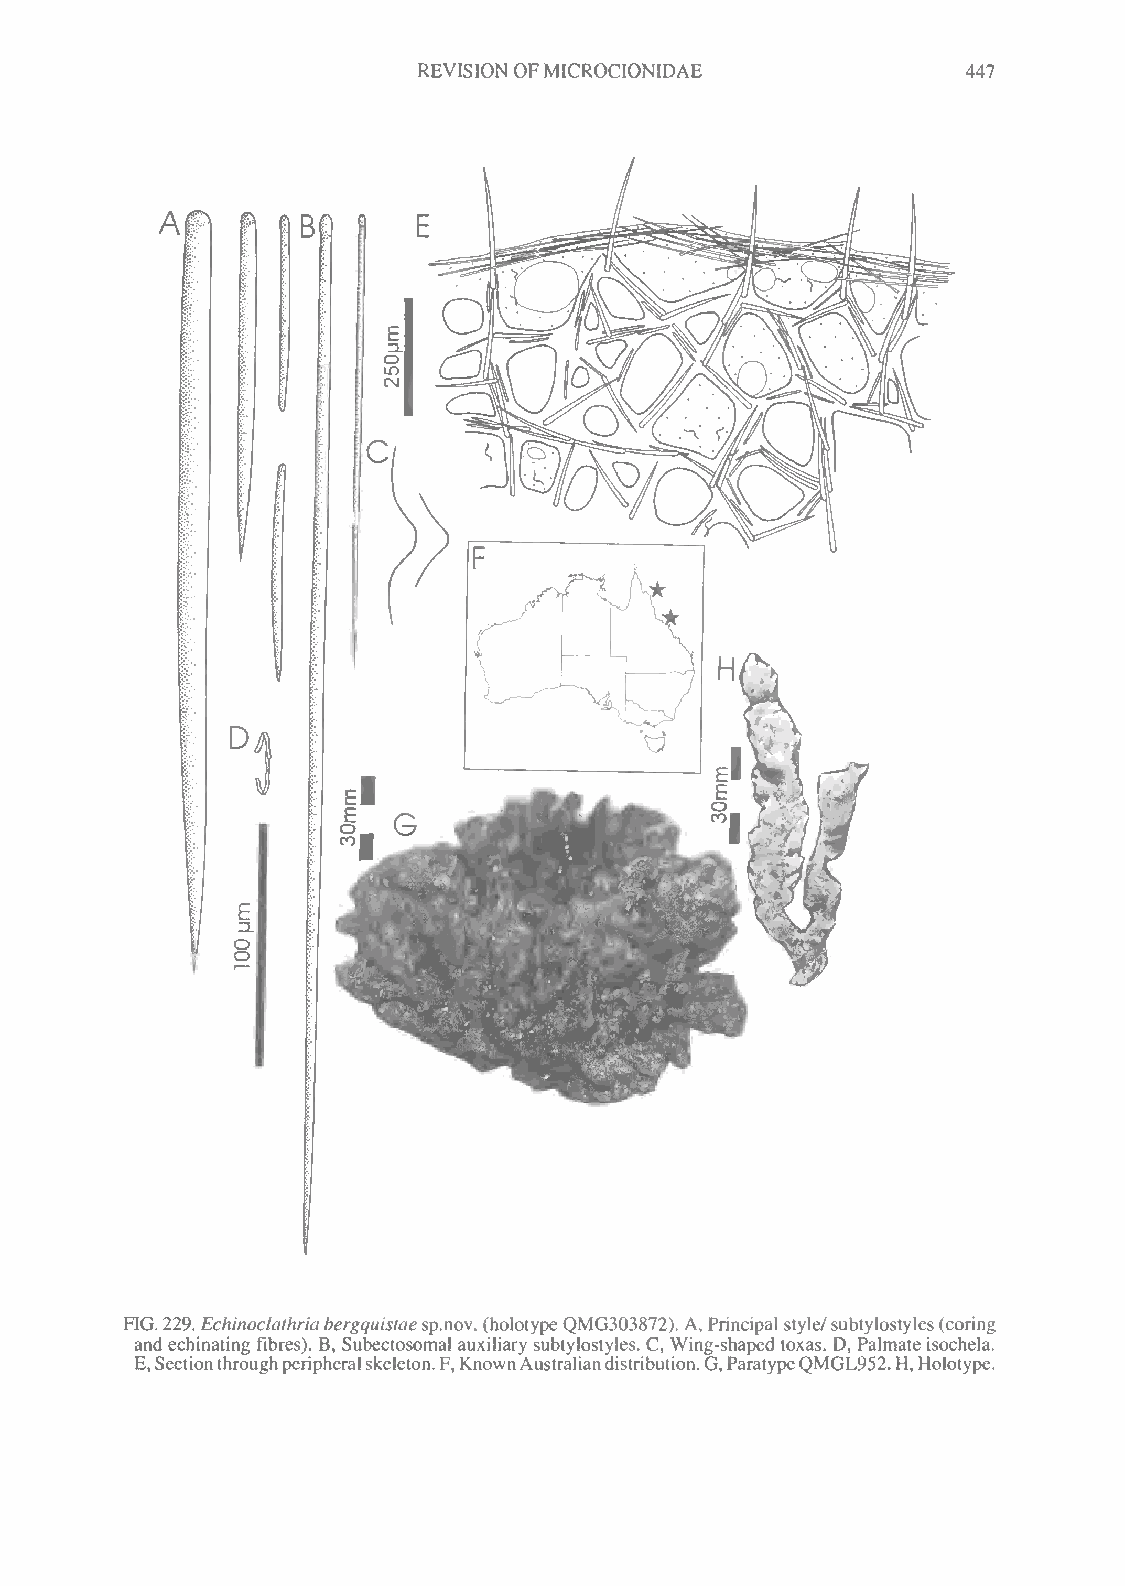
REVISION OFMICROCIONIDAE            447
 FIG.229. Echinoclathriabergquistaesp.nov. (holotypeQMG303872). A, Principal style/subtylostyles(coring
 and echinating fibres). B, Subectosomal auxiliary subtylostyles. C, Wing-shaped toxas. D, Palmate isochela.
 E,Sectionthroughperipheralskeleton.F,KnownAustraliandistribution.G,ParatypeQMGL952.H,Holotype.